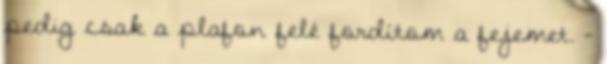
pedig csak a plafon felé fordítom a fejemet. -